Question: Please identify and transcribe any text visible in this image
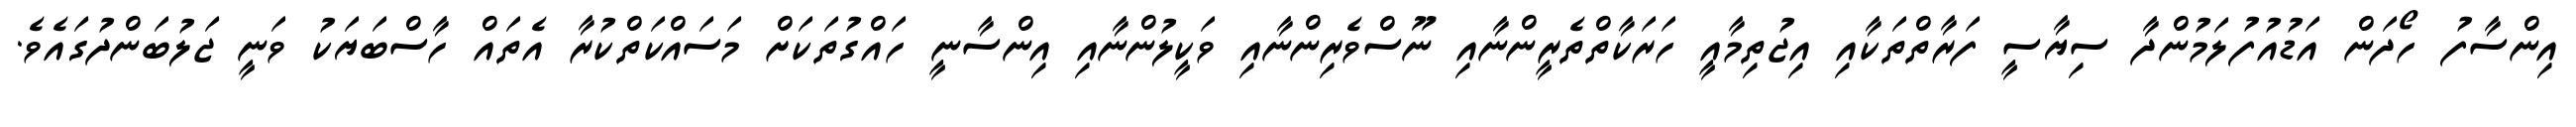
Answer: އިންސާފު ހޯދަން އަޑުއުފުލަމުންދާ ސިޔާސީ ފަރާތްތަކާއި އިޖުތިމާއީ ހަރަކާތްތެރީންނާއި ނޫސްވެރިންނާއި ވަކީލުންނާއި އިންސާނީ ހައްގުތަކަށް މަސައްކަތްކުރާ އެތައް ހާސްބަޔަކު ވަނީ ޖަލުބަންދުގައެވެ.